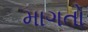
માગતો